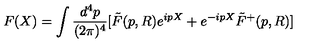
F ( X ) = \int \frac { d ^ { 4 } p } { ( 2 { \pi } ) ^ { 4 } } [ \tilde { F } ( p , R ) e ^ { i p X } + e ^ { - i p X } \tilde { F } ^ { + } ( p , R ) ]